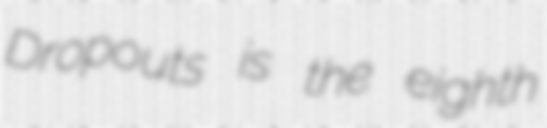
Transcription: Dropouts is the eighth